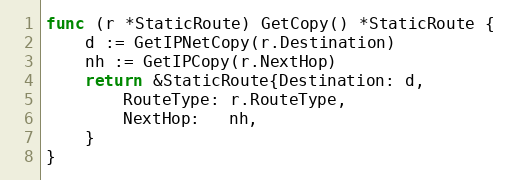
Language: Go
func (r *StaticRoute) GetCopy() *StaticRoute {
	d := GetIPNetCopy(r.Destination)
	nh := GetIPCopy(r.NextHop)
	return &StaticRoute{Destination: d,
		RouteType: r.RouteType,
		NextHop:   nh,
	}
}